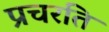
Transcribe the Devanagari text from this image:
प्रचरति